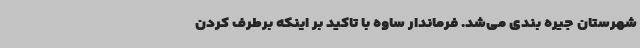
شهرستان جیره بندی می‌شد. فرماندار ساوه با تاکید بر اینکه برطرف کردن